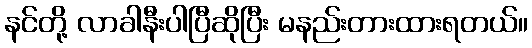
နင်တို့ လာခါနီးပါပြီဆိုပြီး မနည်းတားထားရတယ်။